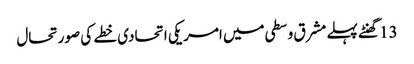
13 گھنٹے پہلے	مشرق وسطی میں امریکی اتحادی خطے کی صورتحال